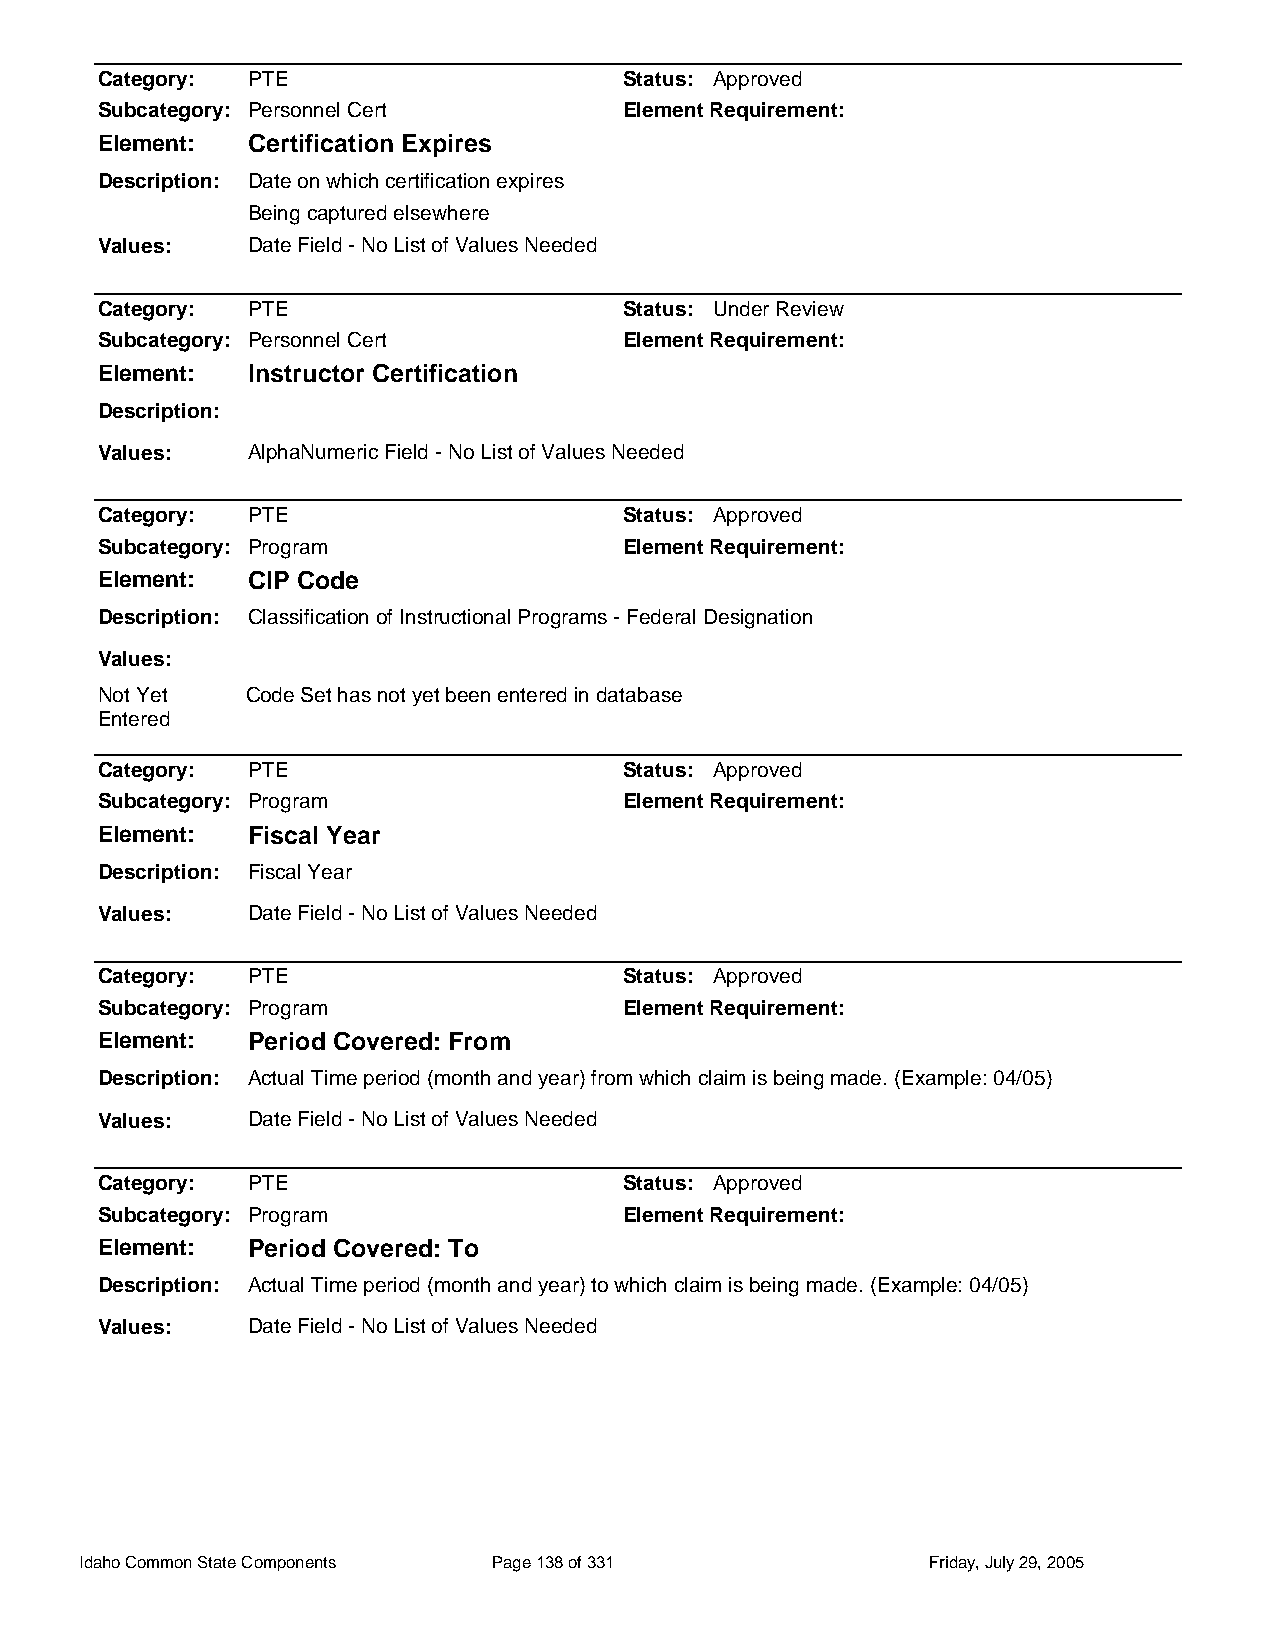
Category: PTE                      Status: Approved
 Subcategory: Personnel Cert        Element Requirement:
 Element:  Certification Expires
 Description: Date on which certification expires
 Being captured elsewhere
 Values:   Date Field - No List of Values Needed
 Category: PTE                      Status: Under Review
 Subcategory: Personnel Cert        Element Requirement:
 Element:  Instructor Certification
 Description:
 Values:   AlphaNumeric Field - No List of Values Needed
 Category: PTE                      Status: Approved
 Subcategory: Program               Element Requirement:
 Element:  CIP Code
 Description: Classification of Instructional Programs - Federal Designation
 Values:
 Not Yet   Code Set has not yet been entered in database
 Entered
 Category: PTE                      Status: Approved
 Subcategory: Program               Element Requirement:
 Element:  Fiscal Year
 Description: Fiscal Year
 Values:   Date Field - No List of Values Needed
 Category: PTE                      Status: Approved
 Subcategory: Program               Element Requirement:
 Element:  Period Covered: From
 Description: Actual Time period (month and year) from which claim is being made. (Example: 04/05)
 Values:   Date Field - No List of Values Needed
 Category: PTE                      Status: Approved
 Subcategory: Program               Element Requirement:
 Element:  Period Covered: To
 Description: Actual Time period (month and year) to which claim is being made. (Example: 04/05)
 Values:   Date Field - No List of Values Needed
 Idaho Common State Components Page 138 of 331           Friday, July 29, 2005